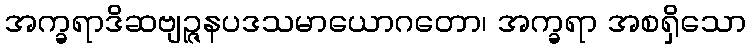
အက္ခရာဒိဆဗျဉ္ဇနပဒသမာယောဂတော၊ အက္ခရာ အစရှိသော